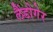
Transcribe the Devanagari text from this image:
लैंडोगेर